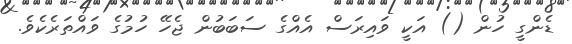
ޑެންގީ ހުން () އަކީ ވައިރަސް އެއްގެ ސަބަބުން ޖެހޭ ހުމުގެ ވައްތަރެކެވެ.